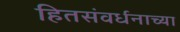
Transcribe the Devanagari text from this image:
हितसंवर्धनाच्या